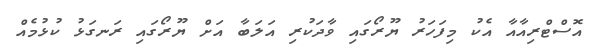
އޮސްޓްރިއާއާ އެކު މިފަހަރު ޔޫރޯގައި ވާދަކުރި އަލަބާ އަށް ޔޫރޯގައި ރަނގަޅު ކުޅުމެއް